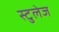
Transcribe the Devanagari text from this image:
स्टुलेज